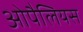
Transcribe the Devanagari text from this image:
ओपैलियस